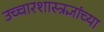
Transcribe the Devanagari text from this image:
उच्चारशास्त्रज्ञांच्या